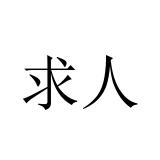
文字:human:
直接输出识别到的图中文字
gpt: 求人